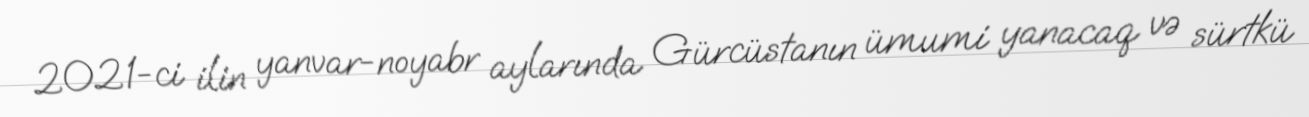
2021-ci ilin yanvar-noyabr aylarında Gürcüstanın ümumi yanacaq və sürtkü